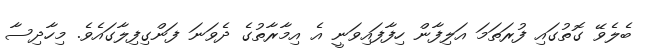
ބެލެވޭ ގޮތުގައި ފުރަތަމަ އަލިފާން ހިފާފައިވަނީ އެ އިމާރާތުގެ ދެވަނަ ފަންގިފިލާގައެވެ. މިހާދިސާ